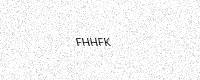
Text: FHHFK